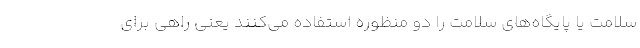
سلامت یا پایگاه‌های سلامت را دو منظوره استفاده می‌کنند یعنی راهی برای